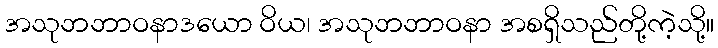
အသုဘဘာဝနာဒယော ဝိယ၊ အသုဘဘာဝနာ အစရှိသည်တို့ကဲ့သို့။